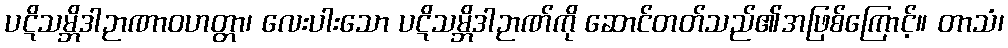
ပဋိသမ္ဘိဒါဉာဏာဝဟတ္တာ၊ လေးပါးသော ပဋိသမ္ဘိဒါဉာဏ်ကို ဆောင်တတ်သည်၏အဖြစ်ကြောင့်။ တာသံ၊